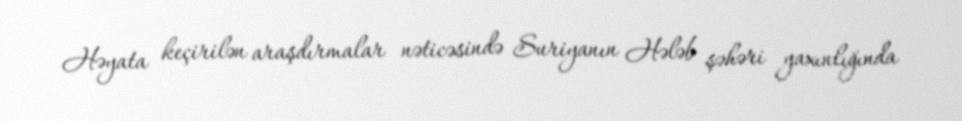
Həyata keçirilən araşdırmalar nəticəsində Suriyanın Hələb şəhəri yaxınlığında